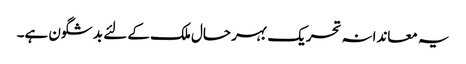
یہ معاندانہ تحریک بہر حال ملک کے لئے بد شگون ہے۔